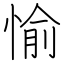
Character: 愉